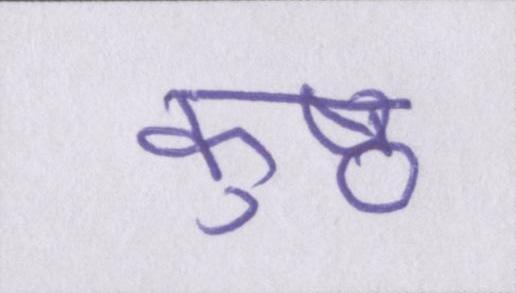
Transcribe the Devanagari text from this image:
कुष्ठ